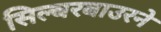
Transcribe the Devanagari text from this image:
सिल्बरबाउरने